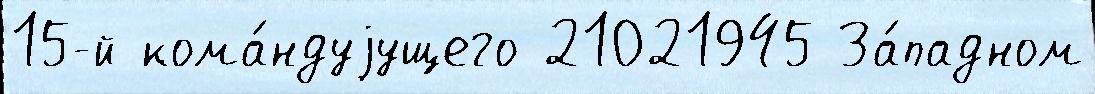
15-й кома́ндуjущего 21021945 За́падном